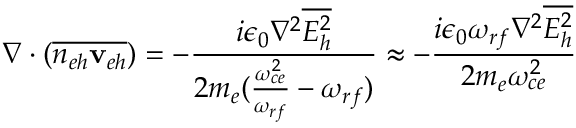
\nabla \cdot ( \overline { { n _ { e h } { { \bf v } _ { e h } } } } ) = - \frac { i \epsilon _ { 0 } \nabla ^ { 2 } \overline { { E _ { h } ^ { 2 } } } } { 2 m _ { e } ( \frac { \omega _ { c e } ^ { 2 } } { \omega _ { r f } } - \omega _ { r f } ) } \approx - \frac { i \epsilon _ { 0 } \omega _ { r f } \nabla ^ { 2 } \overline { { E _ { h } ^ { 2 } } } } { 2 m _ { e } \omega _ { c e } ^ { 2 } }